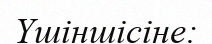
Үшіншісіне: